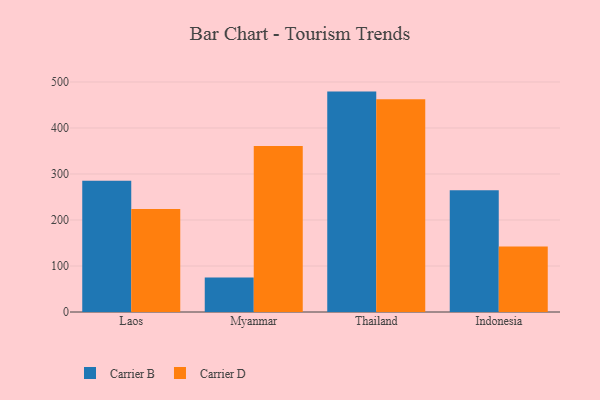
{"axis": {"x": "Country", "y": "Backlog"}, "legend": ["Carrier B", "Carrier D"], "data": [{"x": "Laos", "y": 285.2, "type": "Carrier B"}, {"x": "Laos", "y": 224.1, "type": "Carrier D"}, {"x": "Myanmar", "y": 75.1, "type": "Carrier B"}, {"x": "Myanmar", "y": 360.6, "type": "Carrier D"}, {"x": "Thailand", "y": 479.1, "type": "Carrier B"}, {"x": "Thailand", "y": 462.5, "type": "Carrier D"}, {"x": "Indonesia", "y": 264.4, "type": "Carrier B"}, {"x": "Indonesia", "y": 142.6, "type": "Carrier D"}]}